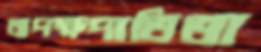
অপক্ষপাতিতা